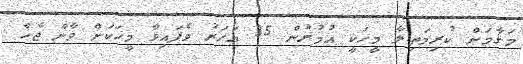
މަޤާމަށް ކުރިމަތިލާ މީހަކީ އުމުރުން 35 އަހަރު ވެފައިވާ މީހަކަށް ވާން ޖެހެ